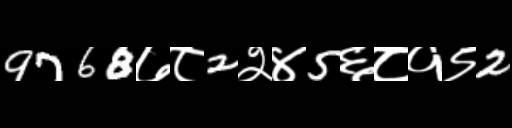
Text: 9768७८2२४5६८१९2